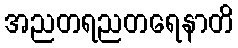
အညတရညတရေနာတိ